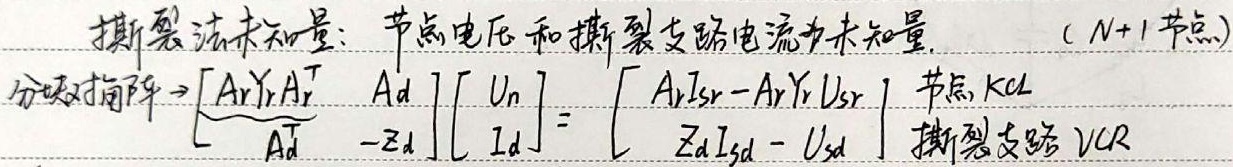
撕裂法未知量：节点电压和撕裂支路电流为未知量. ($N + 1$ 节点)分块矩阵
\[
\begin{bmatrix}
A_{r}Y_{r}A_{r}^{T} & A_{d}\\
-A_{d}^{T} & -Z_{d}
\end{bmatrix}
\begin{bmatrix}
U_{n}\\
I_{d}
\end{bmatrix}
=
\begin{bmatrix}
A_{r}I_{Sr}-A_{r}Y_{r}U_{Sr}\\
Z_{d}I_{Sd}-U_{Sd}
\end{bmatrix}
\]
节点 KCL  撕裂支路 VCR